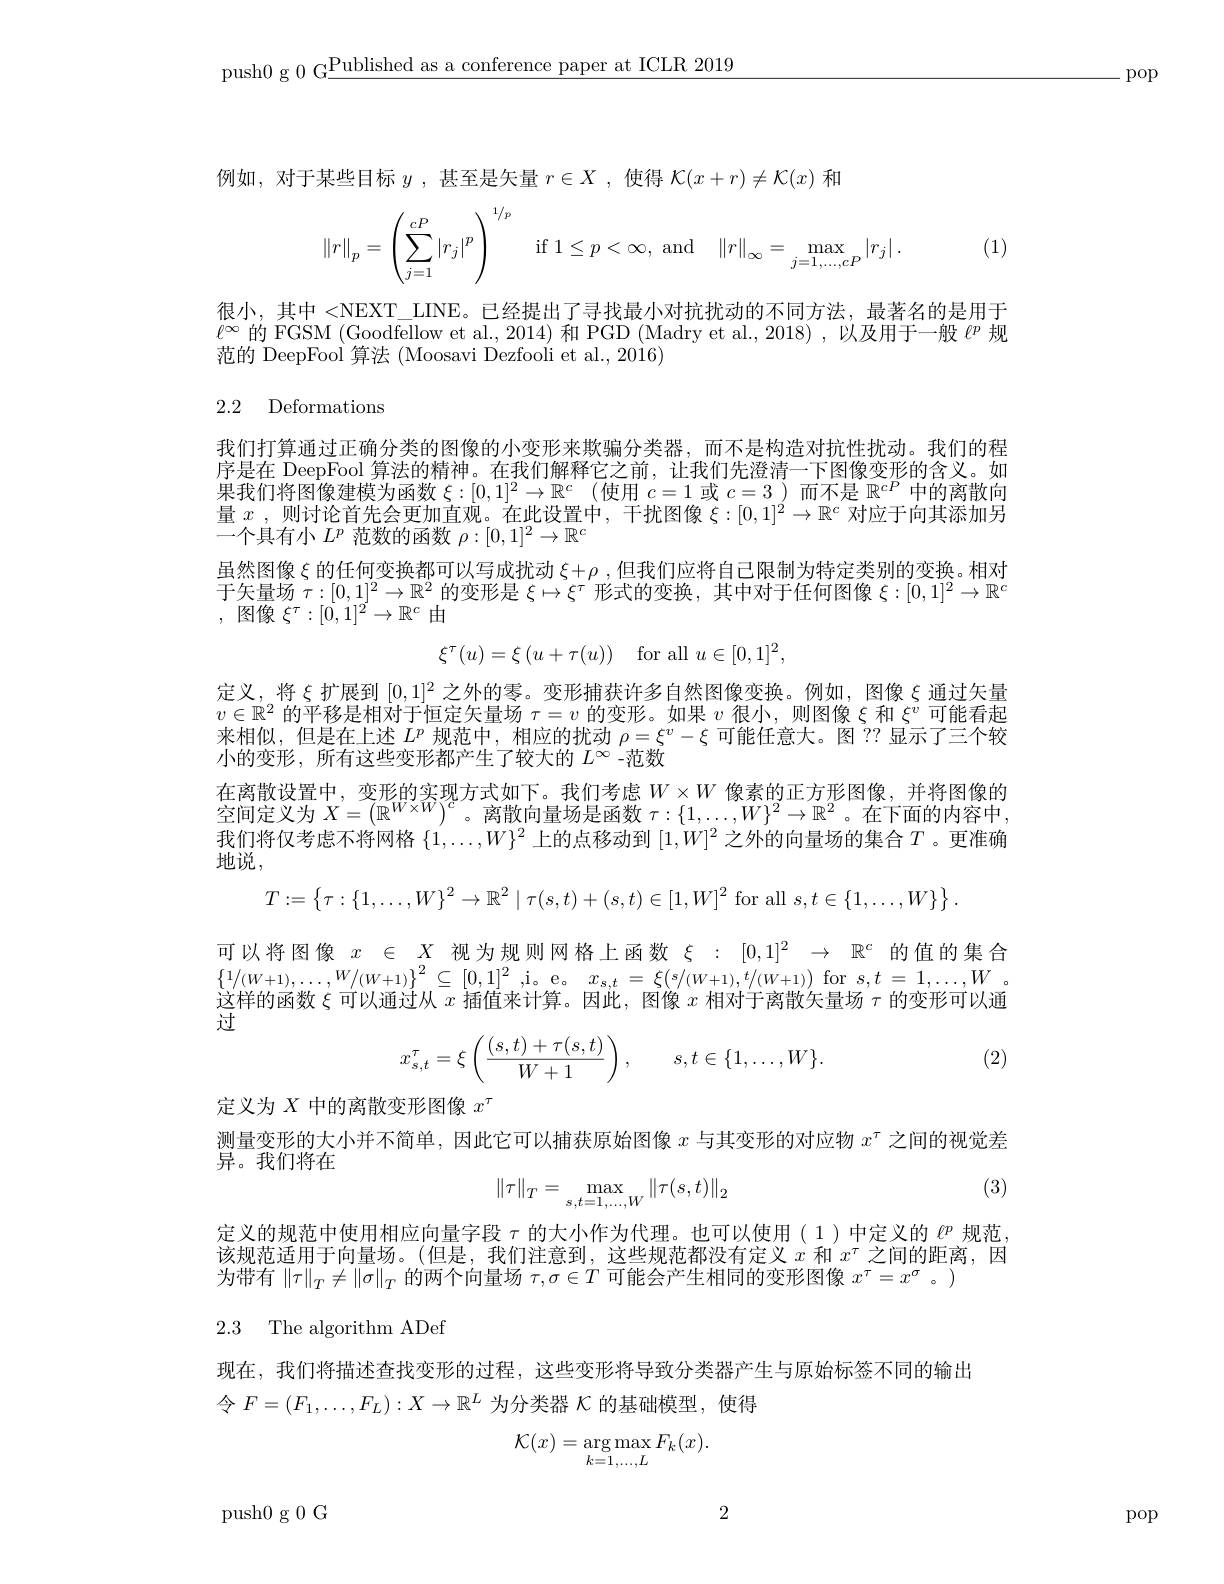
push0 g 0 G$\underline\text{Published as a conference paper at ICLR 2019}$

.pop

例如，对于某些目标$y$ ,甚至是矢量$r\in X$ ,使得$\mathcal{K}(x+r)\neq\mathcal{K}(x)$和
$$\left\|r\right\|_p=\left(\sum_{j=1}^{cP}\left|r_j\right|^p\right)^{1/p}\quad\text{if}1\le p<\infty,\:\text{and}\quad\left\|r\right\|_\infty=\max_{j=1,...,cP}\left|r_j\right|.$$
很小，其中 <NEXT\_ LINE。已经提出了寻找最小对抗扰动的不同方法，最著名的是用于$\ell^{\infty}$的 FGSM (Goodfellow et al., 2014) 和 PGD (Madry et al., 2018),以及用于一般 $\ell^p$ 规范的 DeepFool 算法 (Moosavi Dezfooli et al., 2016)

2.2 Deformations

我们打算通过正确分类的图像的小变形来欺骗分类器，而不是构造对抗性扰动。我们的程序是在 DeepFool 算法的精神。在我们解释它之前，让我们先澄清一下图像变形的含义。如果我们将图像建模为函数$\xi : [ 0, 1] ^2\to \mathbb{R} ^c$ (使用$c=1$或$c=3)$而不是$\mathbb{R}^cP$中的离散向量$x$,则讨论首先会更加直观。在此设置中，干扰图像$\xi:[0,1]^2\to\mathbb{R}^c$对应于向其添加另一个具有小$L^p$范数的函数$\rho:[0,1]^2\to\mathbb{R}^c$
虽然图像$\xi$的任何变换都可以写成扰动 $\xi+\rho$, 但我们应将自己限制为特定类别的变换。相对于矢量场$\tau:[0,1]^2\to\mathbb{R}^2$的变形是$\xi\mapsto\xi^\tau$形式的变换，其中对于任何图像$\xi:[0,1]^2\to\mathbb{R}^c$ , ${\text{图 像 }\xi ^{\tau }: [ 0, 1] ^{2}\to \mathbb{R} ^{c}}$ ${\text{由 }}$
$$\xi^\tau(u)=\xi\left(u+\tau(u)\right)\quad\mathrm{for~all}\:u\in[0,1]^2,$$
定义，将$\xi$扩展到$[0,1]^2$之外的零。变形捕获许多自然图像变换。例如，图像$\xi$通过矢量$v\in\mathbb{R}^2$的平移是相对于恒定矢量场$\tau=v$的变形。如果$v$很小，则图像$\xi$和$\xi^v$可能看起来相似，但是在上述$L^p$规范中，相应的扰动$\rho=\xi^v-\xi$可能任意大。图 ?? 显示了三个较小的变形，所有这些变形都产生了较大的$L^\infty$ -范数
在离散设置中，变形的实现方式如下。我们考虑$W\times W$像素的正方形图像，并将图像的空间定义为$X=\left(\mathbb{R}^{W\times W}\right)^c$。离散向量场是函数$\tau:\{1,\ldots,W\}^2\to\mathbb{R}^2$。在下面的内容中， 我们将仅考虑不将网格$\{1,\ldots,W\}^2$上的点移动到$[1,W]^2$之外的向量场的集合$T$ 。更准确地说，
$$T:=\left\{\tau:\{1,\ldots,W\}^{2}\to\mathbb{R}^{2}\mid\tau(s,t)+(s,t)\in[1,W]^{2}\mathrm{~for~all~}s,t\in\{1,\ldots,W\}\right\}.$$
可以将图像$x\in X$视为规则网格上函数$\xi:[0,1]^2\to\mathbb{R}^c$的值的集合$\left \{ 1/ ( W+ 1) , \ldots , W/ ( W+ 1) \right \} ^{2}\subseteq [ 0, 1] ^{2}$,i。e。$x_{s, t}= \xi ( s/ ( W+ 1) , t/ ( W+ 1) )$ for $s,t=1,\ldots,W$ 这样的函数$\xi$可以通过从$x$插值来计算。因此，图像$x$相对于离散矢量场$\tau$的变形可以通过

(2)
$$x_{s,t}^{\tau}=\xi\left(\frac{(s,t)+\tau(s,t)}{W+1}\right),\quad s,t\in\{1,\dots,W\}.$$
定义为$X$中的离散变形图像$x^\tau$
测量变形的大小并不简单，因此它可以捕获原始图像$x$与其变形的对应物$x^\tau$之间的视觉差
异。我们将在
$$\|\tau\|_T=\max_{s,t=1,\ldots,W}\|\tau(s,t)\|_2$$
(3)

定义的规范中使用相应向量字段$\tau$的大小作为代理。也可以使用(1)中定义的$\ell^p$规范该规范适用于向量场。(但是，我们注意到，这些规范都没有定义$x^\mathrm{~}$和$x^\tau$之间的距离，因为带有$\|\tau\|_T\neq\|\sigma\|_T$的两个向量场$\tau,\sigma\in T$可能会产生相同的变形图像$x^\tau=x^\sigma$。)

2.3 The algorithm ADef

现在，我们将描述查找变形的过程，这些变形将导致分类器产生与原始标签不同的输出
令$F=(F_1,\ldots,F_L):X\to\mathbb{R}^L$为分类器$\mathcal{K}$的基础模型，使得
$$\mathcal{K}(x)=\underset{k=1,\dots,L}{\arg\max}F_k(x).$$
2

push0 g 0 G

pop